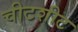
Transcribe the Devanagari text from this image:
चीटशीट